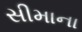
સીમાના